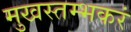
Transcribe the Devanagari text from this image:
मुखस्तम्भकरं